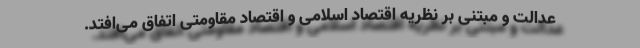
عدالت و مبتنی بر نظریه اقتصاد اسلامی و اقتصاد مقاومتی اتفاق می‌افتد.